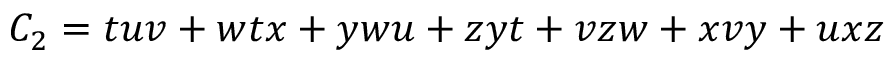
C _ { 2 } = t u v + w t x + y w u + z y t + v z w + x v y + u x z